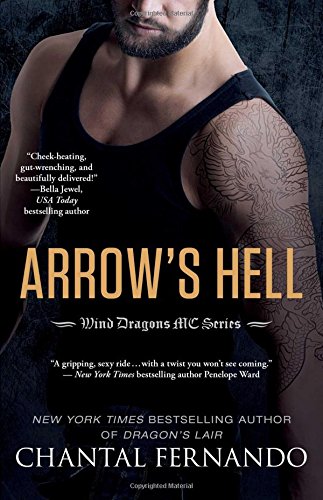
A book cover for Arrow's Hell (Wind Dragons Motorcycle Club); Chantal Fernando; Romance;